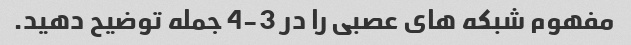
مفهوم شبکه های عصبی را در 3-4 جمله توضیح دهید.